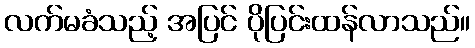
လက်မခံသည့် အပြင် ပိုပြင်းထန်လာသည်။